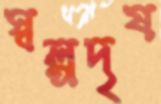
স্বল্পদৃষ